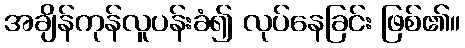
အချိန်ကုန်လူပန်းခံ၍ လုပ်နေခြင်း ဖြစ်၏။